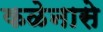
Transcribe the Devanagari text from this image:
कळेनासे